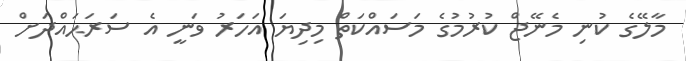
މާލޭގެ ކުނި މެނޭޖް ކުރުމުގެ މަސައްކަތް މިދިޔަ އަހަރު ވަނީ އެ ސަރަޙައްދަށް